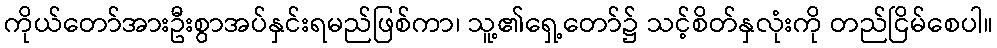
ကိုယ်တော်အားဦးစွာအပ်နှင်းရမည်ဖြစ်ကာ၊ သူ့၏ရှေ့တော်၌ သင့်စိတ်နှလုံးကို တည်ငြိမ်စေပါ။